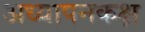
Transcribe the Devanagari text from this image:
अध्यापनकक्ष